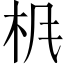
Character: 𱣃